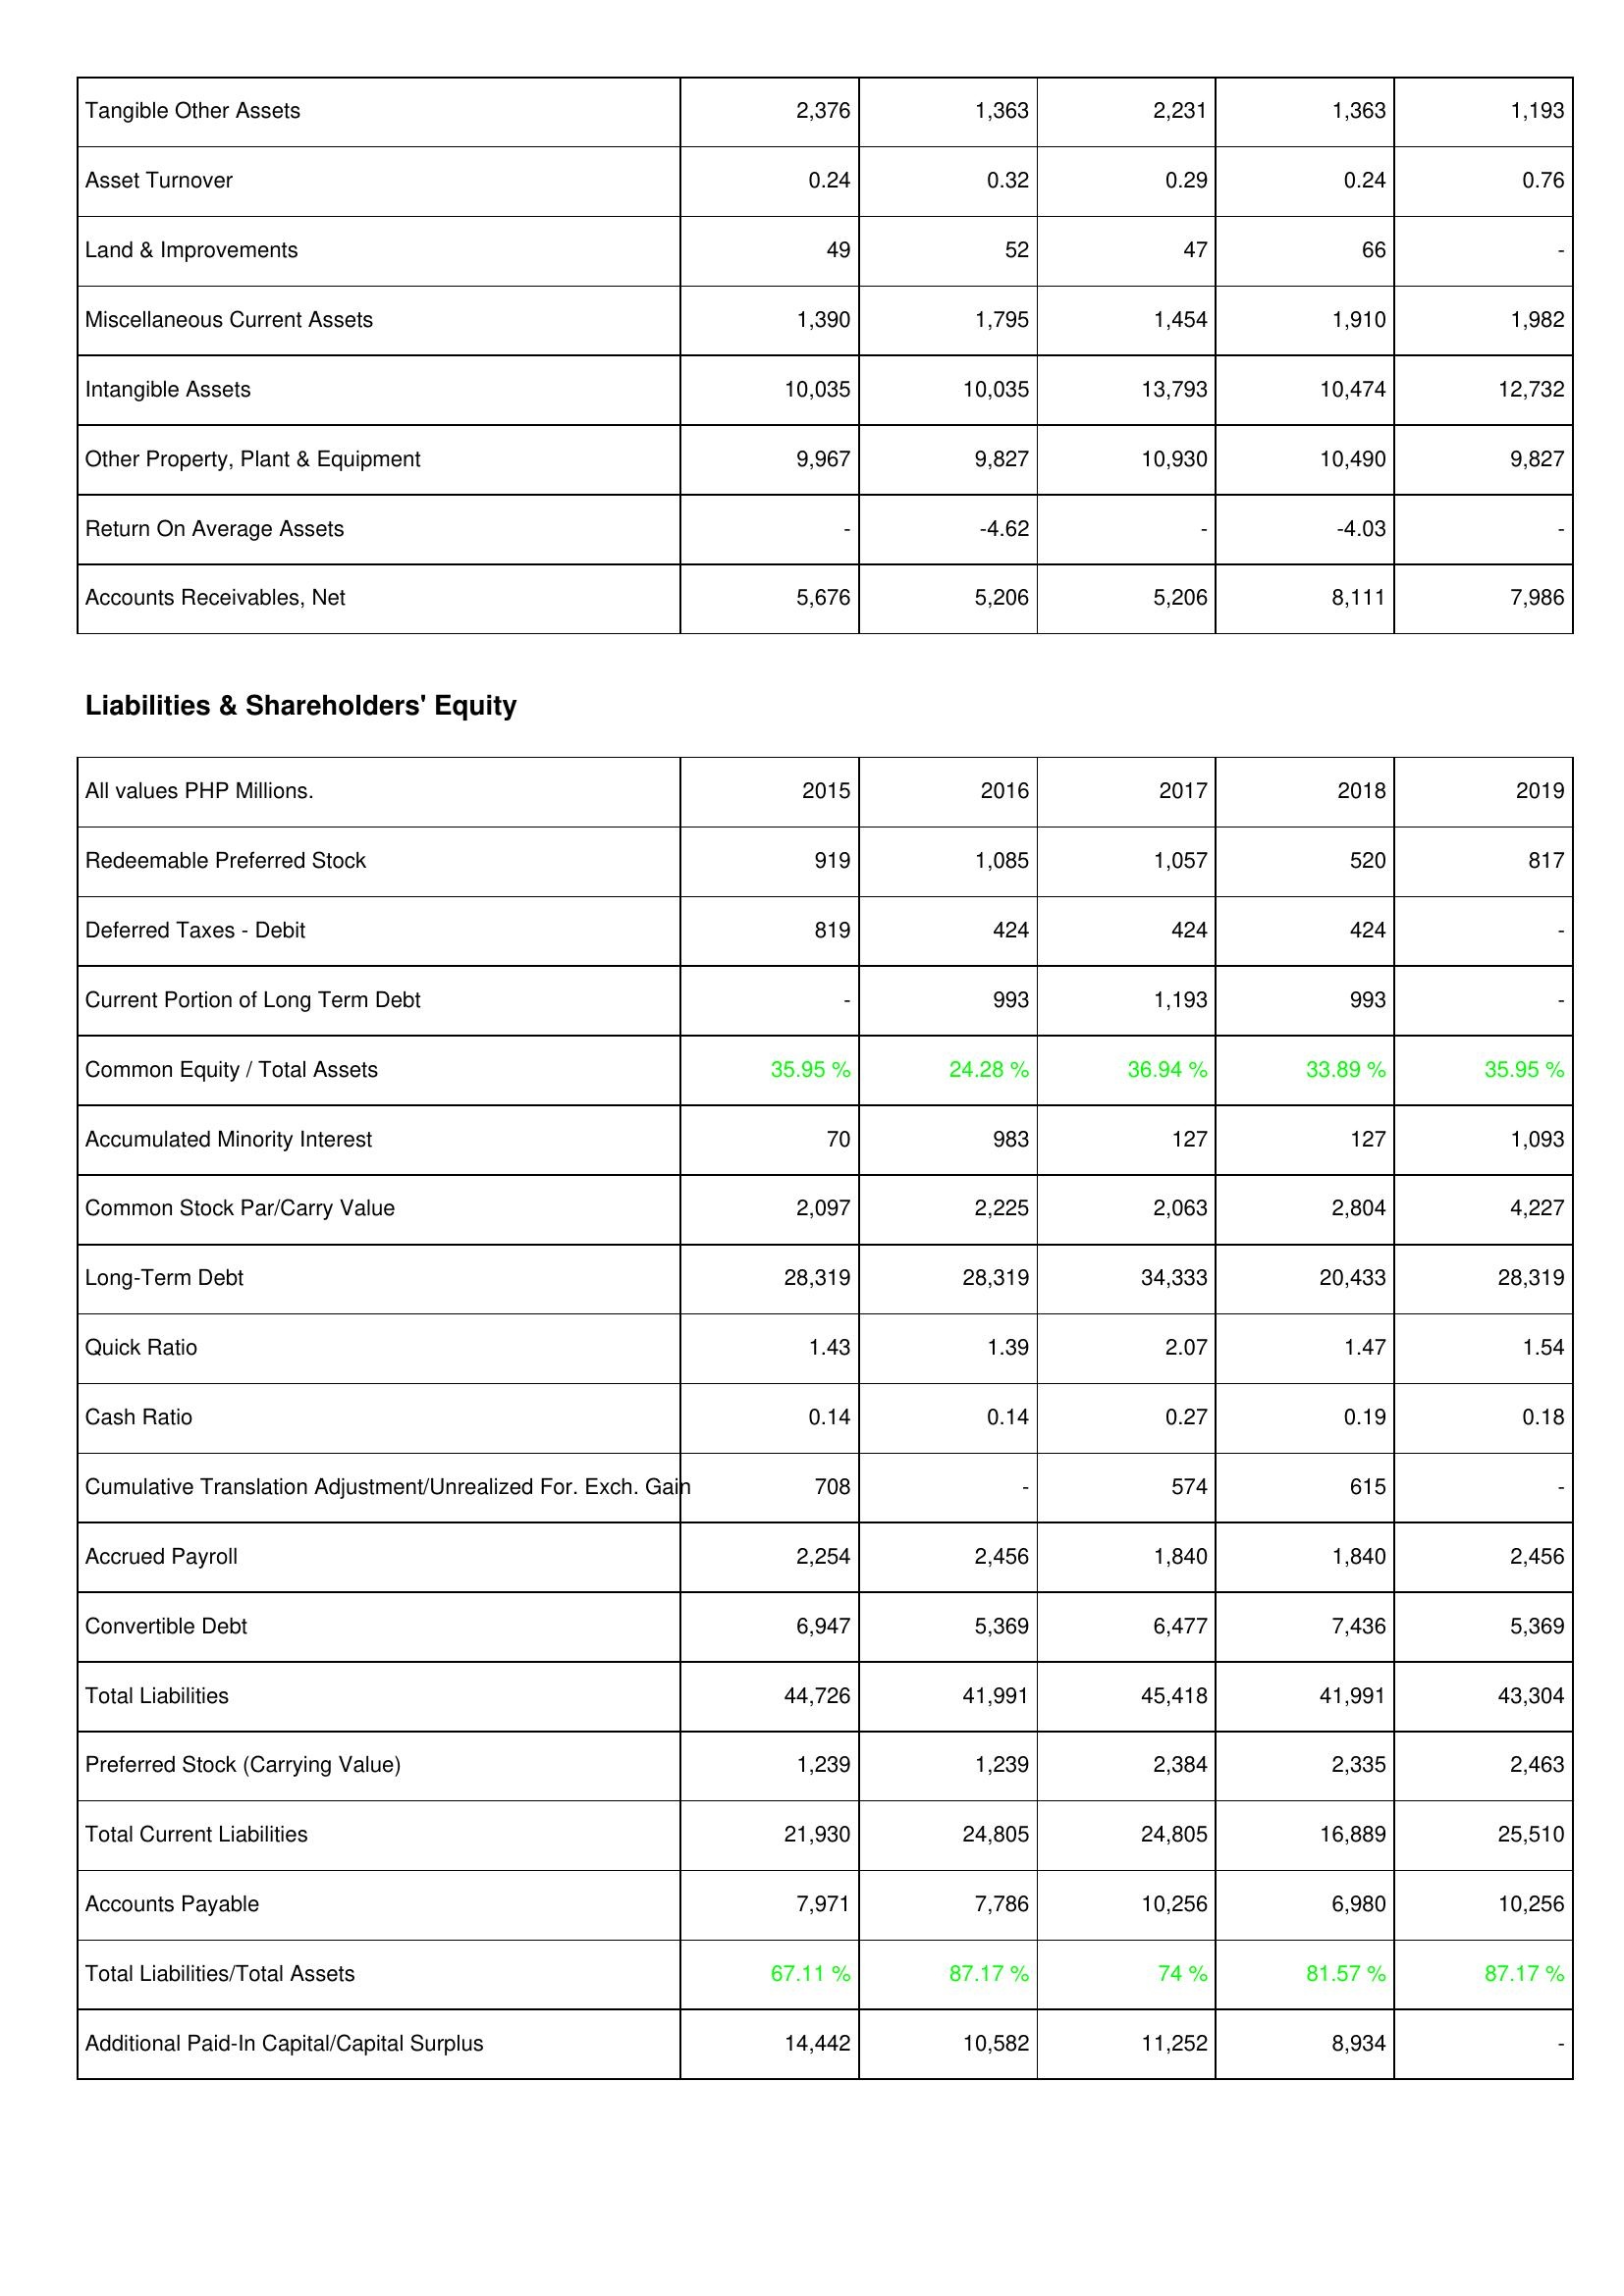
2015: Assets: Tangible Other Assets: 2,376
Asset Turnover: 0.24
Land & Improvements: 49
Miscellaneous Current Assets: 1,390
Intangible Assets: 10,035
Other Property, Plant & Equipment: 9,967
Return On Average Assets: -
Accounts Receivables, Net: 5,676
Liabilities & Shareholders' Equity: Redeemable Preferred Stock: 919
Deferred Taxes - Debit: 819
Current Portion of Long Term Debt: -
Common Equity / Total Assets: 35.95 %
Accumulated Minority Interest: 70
Common Stock Par/Carry Value: 2,097
Long-Term Debt: 28,319
Quick Ratio: 1.43
Cash Ratio: 0.14
Cumulative Translation Adjustment/Unrealized For. Exch. Gain: 708
Accrued Payroll: 2,254
Convertible Debt: 6,947
Total Liabilities: 44,726
Preferred Stock (Carrying Value): 1,239
Total Current Liabilities: 21,930
Accounts Payable: 7,971
Total Liabilities/Total Assets: 67.11 %
Additional Paid-In Capital/Capital Surplus: 14,442
2016: Assets: Tangible Other Assets: 1,363
Asset Turnover: 0.32
Land & Improvements: 52
Miscellaneous Current Assets: 1,795
Intangible Assets: 10,035
Other Property, Plant & Equipment: 9,827
Return On Average Assets: -4.62
Accounts Receivables, Net: 5,206
Liabilities & Shareholders' Equity: Redeemable Preferred Stock: 1,085
Deferred Taxes - Debit: 424
Current Portion of Long Term Debt: 993
Common Equity / Total Assets: 24.28 %
Accumulated Minority Interest: 983
Common Stock Par/Carry Value: 2,225
Long-Term Debt: 28,319
Quick Ratio: 1.39
Cash Ratio: 0.14
Cumulative Translation Adjustment/Unrealized For. Exch. Gain: -
Accrued Payroll: 2,456
Convertible Debt: 5,369
Total Liabilities: 41,991
Preferred Stock (Carrying Value): 1,239
Total Current Liabilities: 24,805
Accounts Payable: 7,786
Total Liabilities/Total Assets: 87.17 %
Additional Paid-In Capital/Capital Surplus: 10,582
2017: Assets: Tangible Other Assets: 2,231
Asset Turnover: 0.29
Land & Improvements: 47
Miscellaneous Current Assets: 1,454
Intangible Assets: 13,793
Other Property, Plant & Equipment: 10,930
Return On Average Assets: -
Accounts Receivables, Net: 5,206
Liabilities & Shareholders' Equity: Redeemable Preferred Stock: 1,057
Deferred Taxes - Debit: 424
Current Portion of Long Term Debt: 1,193
Common Equity / Total Assets: 36.94 %
Accumulated Minority Interest: 127
Common Stock Par/Carry Value: 2,063
Long-Term Debt: 34,333
Quick Ratio: 2.07
Cash Ratio: 0.27
Cumulative Translation Adjustment/Unrealized For. Exch. Gain: 574
Accrued Payroll: 1,840
Convertible Debt: 6,477
Total Liabilities: 45,418
Preferred Stock (Carrying Value): 2,384
Total Current Liabilities: 24,805
Accounts Payable: 10,256
Total Liabilities/Total Assets: 74 %
Additional Paid-In Capital/Capital Surplus: 11,252
2018: Assets: Tangible Other Assets: 1,363
Asset Turnover: 0.24
Land & Improvements: 66
Miscellaneous Current Assets: 1,910
Intangible Assets: 10,474
Other Property, Plant & Equipment: 10,490
Return On Average Assets: -4.03
Accounts Receivables, Net: 8,111
Liabilities & Shareholders' Equity: Redeemable Preferred Stock: 520
Deferred Taxes - Debit: 424
Current Portion of Long Term Debt: 993
Common Equity / Total Assets: 33.89 %
Accumulated Minority Interest: 127
Common Stock Par/Carry Value: 2,804
Long-Term Debt: 20,433
Quick Ratio: 1.47
Cash Ratio: 0.19
Cumulative Translation Adjustment/Unrealized For. Exch. Gain: 615
Accrued Payroll: 1,840
Convertible Debt: 7,436
Total Liabilities: 41,991
Preferred Stock (Carrying Value): 2,335
Total Current Liabilities: 16,889
Accounts Payable: 6,980
Total Liabilities/Total Assets: 81.57 %
Additional Paid-In Capital/Capital Surplus: 8,934
2019: Assets: Tangible Other Assets: 1,193
Asset Turnover: 0.76
Land & Improvements: -
Miscellaneous Current Assets: 1,982
Intangible Assets: 12,732
Other Property, Plant & Equipment: 9,827
Return On Average Assets: -
Accounts Receivables, Net: 7,986
Liabilities & Shareholders' Equity: Redeemable Preferred Stock: 817
Deferred Taxes - Debit: -
Current Portion of Long Term Debt: -
Common Equity / Total Assets: 35.95 %
Accumulated Minority Interest: 1,093
Common Stock Par/Carry Value: 4,227
Long-Term Debt: 28,319
Quick Ratio: 1.54
Cash Ratio: 0.18
Cumulative Translation Adjustment/Unrealized For. Exch. Gain: -
Accrued Payroll: 2,456
Convertible Debt: 5,369
Total Liabilities: 43,304
Preferred Stock (Carrying Value): 2,463
Total Current Liabilities: 25,510
Accounts Payable: 10,256
Total Liabilities/Total Assets: 87.17 %
Additional Paid-In Capital/Capital Surplus: -